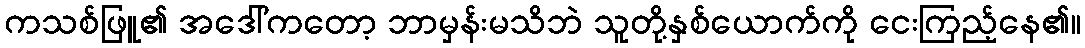
ကသစ်ဖြူ၏ အဒေါ်ကတော့ ဘာမှန်းမသိဘဲ သူတို့နှစ်ယောက်ကို ငေးကြည့်နေ၏။